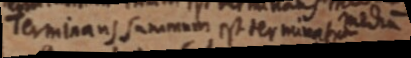
Terminans summum est terminatum med _